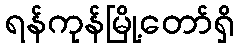
ရန်ကုန်မြို့တော်ရှိ